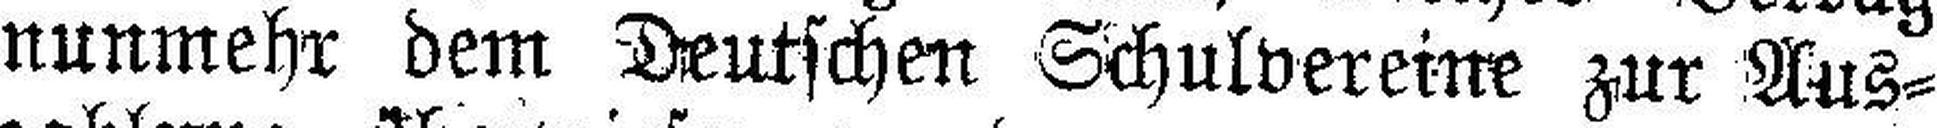
nunmehr dem Deutschen Schulvereine zur Aus¬